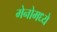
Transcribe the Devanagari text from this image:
मेनोमध्ये